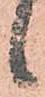
候